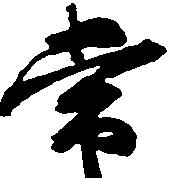
常